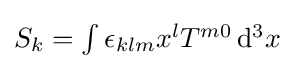
{\textstyle S_{k}=\int \epsilon _{klm}x^{l}T^{m0}\,\mathrm {d} ^{3}x}